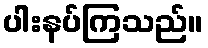
ပါးနပ်ကြသည်။